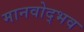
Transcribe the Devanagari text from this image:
मानवोद्भव